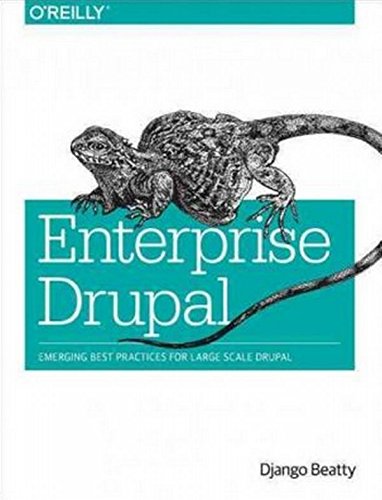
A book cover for Enterprise Drupal: Emerging Best Practices for Large Scale Drupal; Django Beatty; Computers & Technology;